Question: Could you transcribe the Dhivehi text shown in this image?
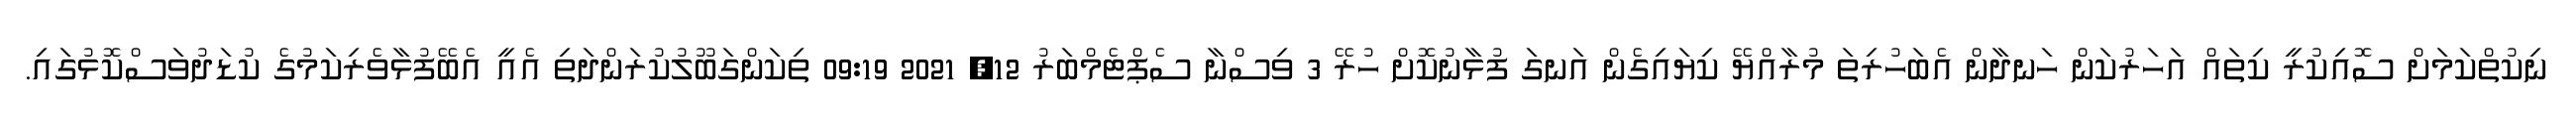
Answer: ނިކުތްކަމަށް ސޮއިކުރީ ކިތައް އަހަރުކަން ހަނދާން އެބަހުރިތަ މުރާއްޔޭ ކިޔައިގެން އަނގަ ފުޅާނުކޮށް ހުރޭ 3 ވިސްނާ ސެޕްޓެމްބަރު 12, 2021 09:19 ތިކަންގަބޫލުކުރަންދަތި އެއީ އެބޭފުޅާވެރިކަމުގެ ކުޑަދުވަސްކޮޅުގައި.